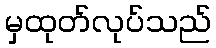
မှထုတ်လုပ်သည်